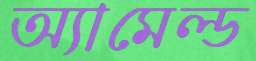
অ্যামেল্ড